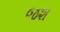
જશ